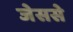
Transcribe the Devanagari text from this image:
जेससे